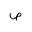
Letter: _sad